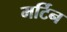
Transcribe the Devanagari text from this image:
मर्टिन